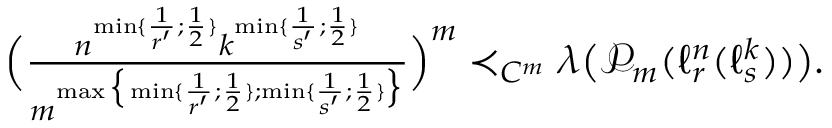
\begin{array} { r } { \Big ( \frac { n ^ { \operatorname* { m i n } \{ \frac { 1 } { r ^ { \prime } } ; \frac { 1 } { 2 } \} } k ^ { \operatorname* { m i n } \{ \frac { 1 } { s ^ { \prime } } ; \frac { 1 } { 2 } \} } } { m ^ { \operatorname* { m a x } \big \{ \operatorname* { m i n } \{ \frac { 1 } { r ^ { \prime } } ; \frac { 1 } { 2 } \} ; \operatorname* { m i n } \{ \frac { 1 } { s ^ { \prime } } ; \frac { 1 } { 2 } \} \big \} } } \Big ) ^ { m } \prec _ { C ^ { m } } { \boldsymbol { \lambda } } \big ( \mathcal P _ { m } ( \ell _ { r } ^ { n } ( \ell _ { s } ^ { k } ) ) \big ) . } \end{array}